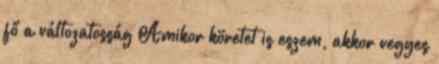
fő a változatosság Amikor köretet is eszem, akkor vegyes